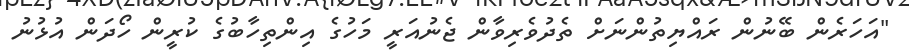
"އަހަރެން ބޭނުން ރައްޔިތުންނަށް ތެދުވެރިވާން ޖެނުއަރީ މަހުގެ އިންތިހާބުގެ ކުރީން ހޯދަން އުޅުނު